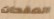
الصفحات